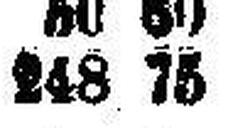
248 75